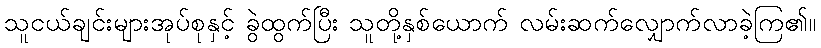
သူငယ်ချင်းများအုပ်စုနှင့် ခွဲထွက်ပြီး သူတို့နှစ်ယောက် လမ်းဆက်လျှောက်လာခဲ့ကြ၏။